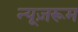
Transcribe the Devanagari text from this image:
न्यूज़रूम